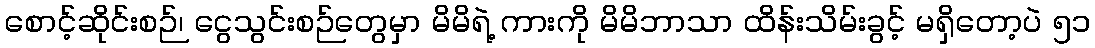
စောင့်ဆိုင်းစဉ်၊ ငွေသွင်းစဉ်တွေမှာ မိမိရဲ့ ကားကို မိမိဘာသာ ထိန်းသိမ်းခွင့် မရှိတော့ပဲ ၅၁